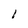
Character: 1